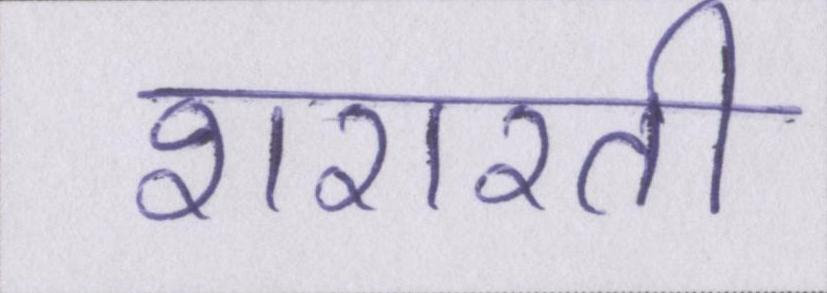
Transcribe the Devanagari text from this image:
शरारती